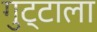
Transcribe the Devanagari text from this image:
गुट्टाला